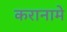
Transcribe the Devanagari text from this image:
करानामे